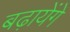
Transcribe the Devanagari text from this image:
बढ़ायेंगे